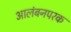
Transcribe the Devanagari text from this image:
आलंबनपरक